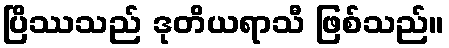
ပြိဿသည် ဒုတိယရာသီ ဖြစ်သည်။